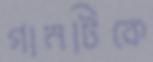
গানটিকে